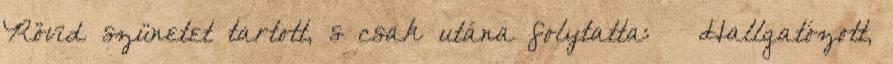
Rövid szünetet tartott, s csak utána folytatta: – Hallgatózott,